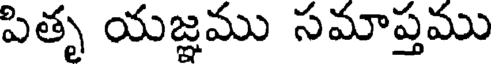
పితృ యజ్ఞము సమాప్తము